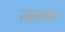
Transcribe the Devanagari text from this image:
स्नातकस्य